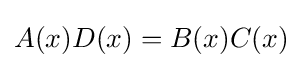
A(x)D(x)=B(x)C(x)